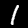
Label: 1